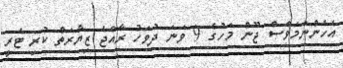
އެހެންނަމަވެސް ޖޫން މަހުގެ 9 ވަނަ ދުވަހު ރާއްޖެ ޒިޔާރަތް ކުރި ޓެރީ